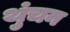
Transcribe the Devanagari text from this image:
थुंचन